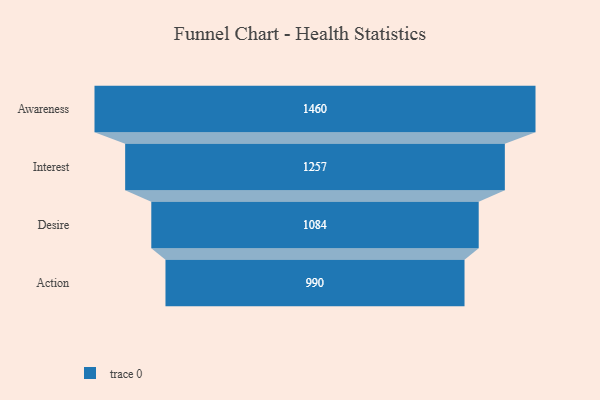
{"axis": {"x": "Stage", "y": "Value"}, "legend": [""], "data": [{"x": "Awareness", "y": 1460.0, "type": ""}, {"x": "Interest", "y": 1257.0, "type": ""}, {"x": "Desire", "y": 1084.0, "type": ""}, {"x": "Action", "y": 990.0, "type": ""}]}